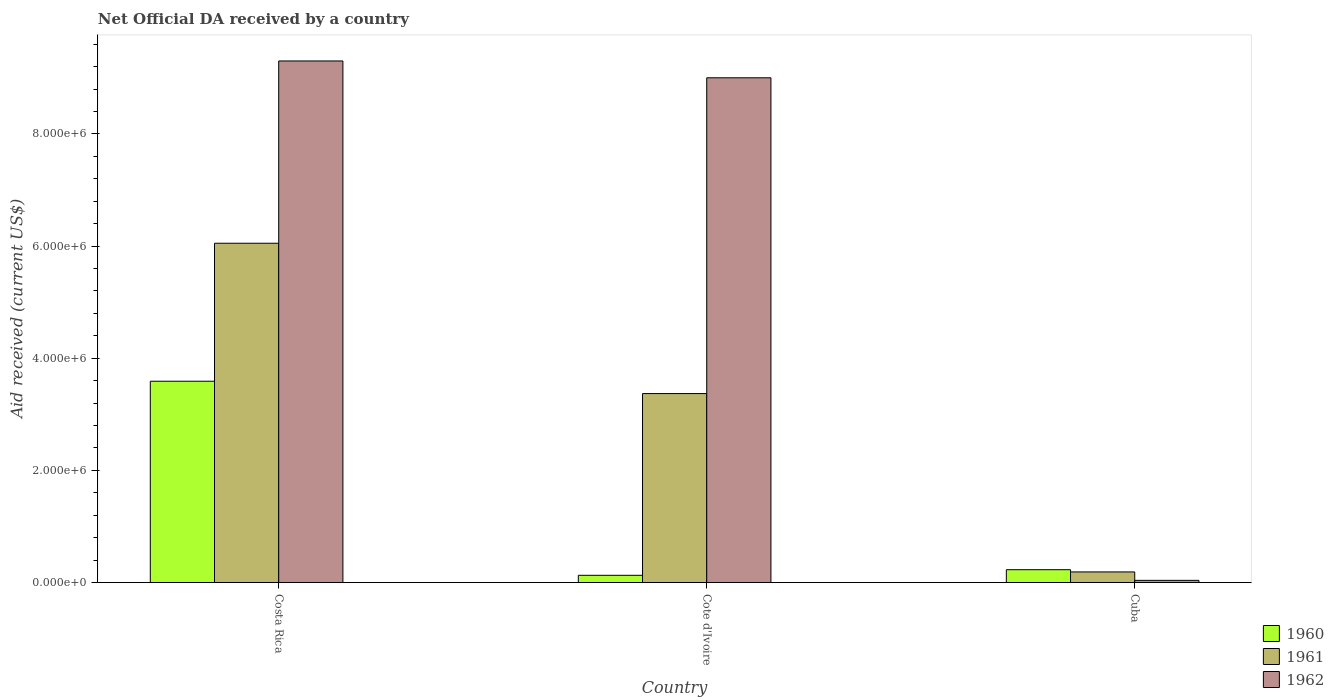
| Country | 1960 | 1961 | 1962 |
 | --- | --- | --- | --- |
 | Costa Rica | 3.59e+06 | 6.05e+06 | 9.3e+06 |
 | Cote d'Ivoire | 1.3e+05 | 3.37e+06 | 9e+06 |
 | Cuba | 2.3e+05 | 1.9e+05 | 4e+04 |